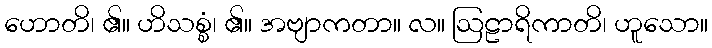
ဟောတိ၊ ၏။ ဟိသစ္စံ၊ ၏။ အဗျာကတာ။ လ။ ဩဠာရိကာတိ၊ ဟူသော။